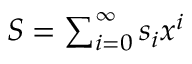
\textstyle S = \sum _ { i = 0 } ^ { \infty } s _ { i } x ^ { i }